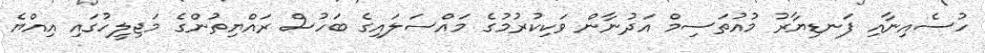
ހުސެއިނާއި ފަނޑިޔާރު މުއުތަސިމް އަދުނާން ވަކިކުރުމުގެ މައްސަލައިގެ ބަހުސް ރައްޔިތުންގެ މަޖިލީހުގައި އިއްޔެ